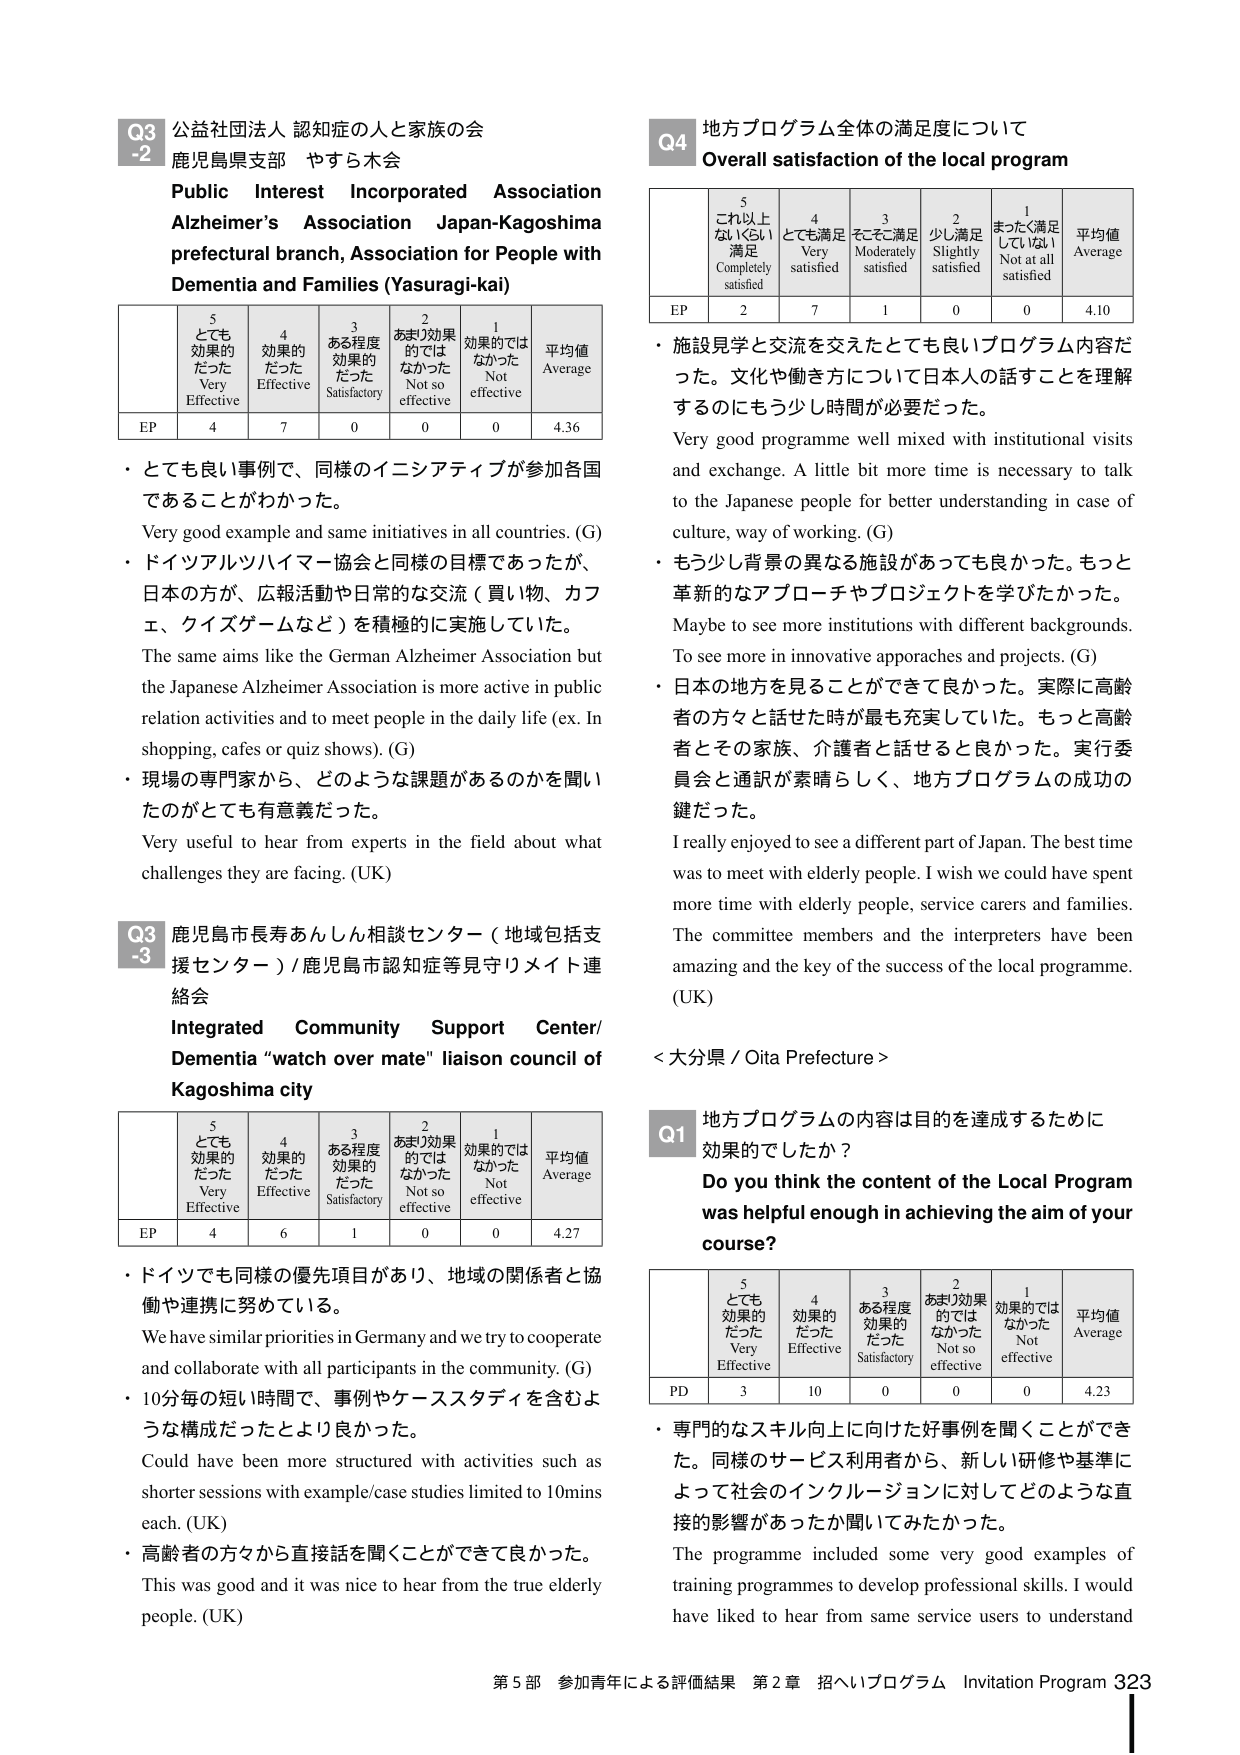
Q3-2 公益社団法人 認知症の人と家族の会
鹿児島県支部 やすら木会
Public Interest Incorporated Association
Alzheimer’s Association Japan-Kagoshima
prefectural branch, Association for People with
Dementia and Families (Yasuragi-kai)

| | 5 とても効果的だった Very Effective | 4 効果的だった Effective | 3 ある程度効果的だった Satisfactory | 2 あまり効果的ではなかった Not so effective | 1 効果的ではなかった Not effective | 平均値 Average |
|---|---|---|---|---|---|---|
| EP | 4 | 7 | 0 | 0 | 0 | 4.36 |

・とても良い事例で、同様のイニシアティブが参加各国であることがわかった。
Very good example and same initiatives in all countries. (G)
・ドイツアルツハイマー協会と同様の目標であったが、日本の方が、広報活動や日常的な交流（買い物、カフェ、クイズゲームなど）を積極的に実施していた。
The same aims like the German Alzheimer Association but the Japanese Alzheimer Association is more active in public relation activities and to meet people in the daily life (ex. In shopping, cafes or quiz shows). (G)
・現場の専門家から、どのような課題があるのかを聞いたのがとても有意義だった。
Very useful to hear from experts in the field about what challenges they are facing. (UK)

Q3-3 鹿児島市長寿あんしん相談センター（地域包括支援センター）/鹿児島市認知症等見守りメイト連絡会
Integrated Community Support Center/ Dementia “watch over mate” liaison council of Kagoshima city

| | 5 とても効果的だった Very Effective | 4 効果的だった Effective | 3 ある程度効果的だった Satisfactory | 2 あまり効果的ではなかった Not so effective | 1 効果的ではなかった Not effective | 平均値 Average |
|---|---|---|---|---|---|---|
| EP | 4 | 6 | 1 | 0 | 0 | 4.27 |

・ドイツでも同様の優先項目があり、地域の関係者と協働や連携に努めている。
We have similar priorities in Germany and we try to cooperate and collaborate with all participants in the community. (G)
・10分毎の短い時間で、事例やケーススタディを含むような構成だったとより良かった。
Could have been more structured with activities such as shorter sessions with example/case studies limited to 10mins each. (UK)
・高齢者の方々から直接話を聞くことができて良かった。
This was good and it was nice to hear from the true elderly people. (UK)

Q4 地方プログラム全体の満足度について
Overall satisfaction of the local program

| | 5 これ以上ないくらい満足 Completely satisfied | 4 とても満足 Very satisfied | 3 そこそこ満足 Moderately satisfied | 2 少し満足 Slightly satisfied | 1 まったく満足していない Not at all satisfied | 平均値 Average |
|---|---|---|---|---|---|---|
| EP | 2 | 7 | 1 | 0 | 0 | 4.10 |

・施設見学と交流を交えたとても良いプログラム内容だった。文化や働き方について日本人の話すことを理解するのにも少し時間が必要だった。
Very good programme well mixed with institutional visits and exchange. A little bit more time is necessary to talk to the Japanese people for better understanding in case of culture, way of working. (G)
・もう少し背景の異なる施設があっても良かった。もっと革新的なアプローチやプロジェクトを学びたかった。
Maybe to see more institutions with different backgrounds. To see more in innovative approaches and projects. (G)
・日本の地方を見ることができて良かった。実際に高齢者の方々と話せた時が最も充実していた。もっと高齢者とその家族、介護者と話せると良かった。実行委員会と通訳が素晴らしい、地方プログラムの成功の鍵だった。
I really enjoyed to see a different part of Japan. The best time was to meet with elderly people. I wish we could have spent more time with elderly people, service carers and families. The committee members and the interpreters have been amazing and the key of the success of the local programme. (UK)

＜大分県 / Oita Prefecture＞

Q1 地方プログラムの内容は目的を達成するために効果的でしたか？
Do you think the content of the Local Program was helpful enough in achieving the aim of your course?

| | 5 とても効果的だった Very Effective | 4 効果的だった Effective | 3 ある程度効果的だった Satisfactory | 2 あまり効果的ではなかった Not so effective | 1 効果的ではなかった Not effective | 平均値 Average |
|---|---|---|---|---|---|---|
| PD | 3 | 10 | 0 | 0 | 0 | 4.23 |

・専門的なスキル向上に向けた好事例を聞くことができた。同様のサービス利用者から、新しい研修や基準によって社会のインクルージョンに対してどのような直接的影響があったか聞いてみたかった。
The programme included some very good examples of training programmes to develop professional skills. I would have liked to hear from same service users to understand

第5部 参加青年による評価結果 第2章 招へいプログラム Invitation Program 323